Vaccination in Bombay 1902-1912 - 1902-1912
Year: 1902
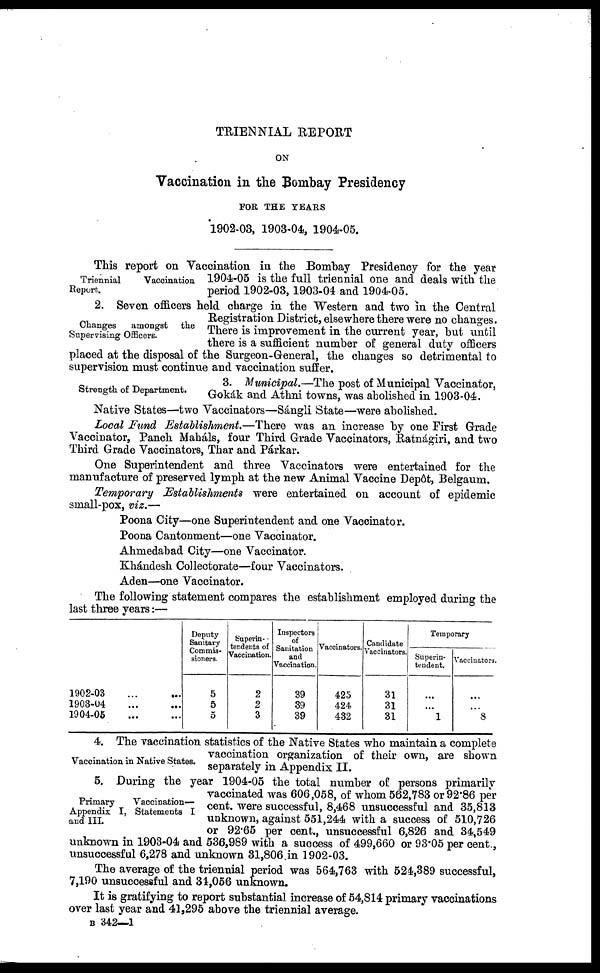
TRIENNIAL REPORT
ON
Vaccination in the Bombay Presidency
FOR THE YEARS
1902-03, 1903-04, 1904-05.
Triennial
Vaccination
Report.
This report on Vaccination in the Bombay Presidency for the year
1904-05 is the full triennial one and deals with the
period 1902-03, 1903-04 and 1904-05.
Changes
amongst the
Supervising Officers.
2. Seven officers held charge in the Western and two in the Central
Registration District, elsewhere there were no changes.
There is improvement in the current year, but until
there is a sufficient number of general duty officers
placed at the disposal of the Surgeon-General, the changes so detrimental to
supervision must continue and vaccination suffer.
Strength of Department.
3. Municipal.—The post of Municipal Vaccinator,
Gokák and Athni towns, was abolished in 1903-04.
Native States—two Vaccinators—Sángli State—were abolished.
Local Fund Establishment.—There was an increase by one First Grade
Vaccinator, Panch Maháls, four Third Grade Vaccinators, Ratnágiri, and two
Third Grade Vaccinators, Thar and Párkar.
One Superintendent and three Vaccinators were entertained for the
manufacture of preserved lymph at the new Animal Vaccine Depôt, Belgaum.
Temporary Establishments were entertained on account of epidemic
small-pox, viz.—
Poona City—one Superintendent and one Vaccinator.
Poona Cantonment—one Vaccinator.
Ahmedabad City—one Vaccinator.
Khándesh Collectorate—four Vaccinators.
Aden—one Vaccinator.
The following statement compares the establishment employed during the
last three years:—
1902-03 ... ...
1903-04 ... ...
1904-05 ... ...
Deputy
Sanitary
Commis-
sioners.
5
5
5
Superin¬
tendents of
Vaccination.
2
2
3
Inspectors
of
Sanitation
and
Vaccination.
39
39
39
Vaccinators.
425
424
432
Candidate
Vaccinators.
31
31
31
Temporary
Superin-
tendent.
...
...
1
Vaccinators
...
...
8
Vaccination in Native States.
4. The vaccination statistics of the Native States who maintain a complete
vaccination organization of their own, are shown
separately in Appendix II.
Primary
Vaccination-
Appendix I, Statements I
and III.
5. During the year 1904-05 the total number of persons primarily
vaccinated was 606,058, of whom 562,783 or 92.86 per
cent. were successful, 8,468 unsuccessful and 35,813
unknown, against 551,244 with a success of 510,726
or 92.65 per cent., unsuccessful 6,826 and 34,549
unknown in 1903-04 and 536,989 with a success of 499,660 or 93.05 per cent.,
unsuccessful 6,278 and unknown 31,806 in 1902-03.
The average of the triennial period was 564,763 with 524,389 successful,
7,190 unsuccessful and 34,056 unknown.
It is gratifying to report substantial increase of 54,814 primary vaccinations
over last year and 41,295 above the triennial average.
B 342—1